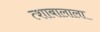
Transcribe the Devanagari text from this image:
त्शाबालाला